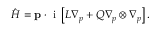
{ \hat { \cal H } } = { \bf p } \cdot \mathrm { ~ i ~ } \left[ { \cal L } \nabla _ { p } + { \cal Q } \nabla _ { p } \otimes \nabla _ { p } \right] .